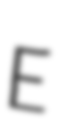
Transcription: E